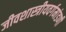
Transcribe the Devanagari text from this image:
जीवशास्त्रीयवर्गमांडणी